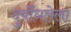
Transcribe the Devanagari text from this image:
दुर्बोधतेला